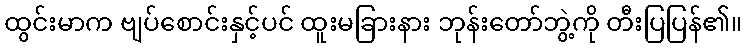
ထွင်းမာက ဗျပ်စောင်းနှင့်ပင် ထူးမခြားနား ဘုန်းတော်ဘွဲ့ကို တီးပြပြန်၏။